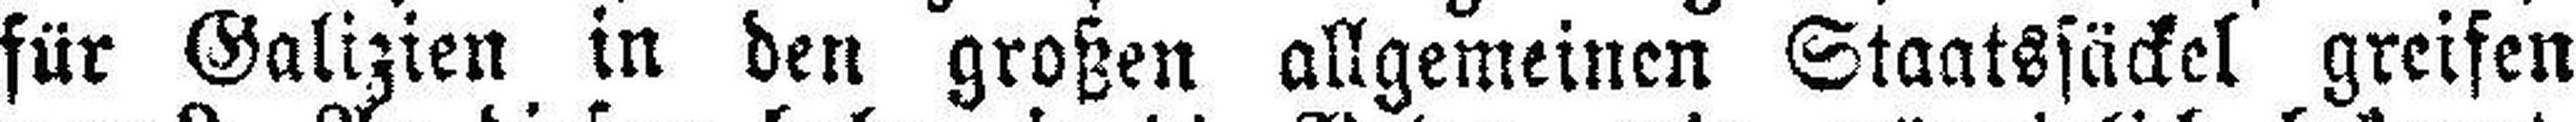
für Galizien in den großen allgemeinen Staatssäckel greifen